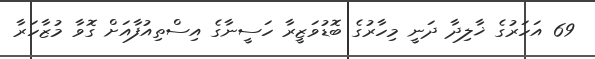
69 އަހަރުގެ ޚާލިދާ ދަނީ މިހާރުގެ ބޮޑުވަޒީރާ ހަސީނާގެ އިސްތިއުފާއަށް ގޮވާ މުޒާހަރާ